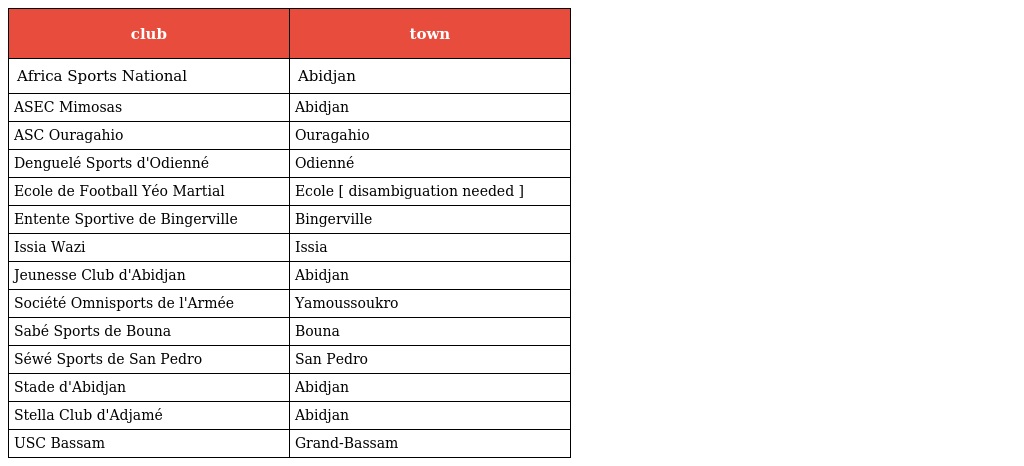
| club | town |
 | --- | --- |
 | Africa Sports National | Abidjan |
 | ASEC Mimosas | Abidjan |
 | ASC Ouragahio | Ouragahio |
 | Denguelé Sports d'Odienné | Odienné |
 | Ecole de Football Yéo Martial | Ecole [ disambiguation needed ] |
 | Entente Sportive de Bingerville | Bingerville |
 | Issia Wazi | Issia |
 | Jeunesse Club d'Abidjan | Abidjan |
 | Société Omnisports de l'Armée | Yamoussoukro |
 | Sabé Sports de Bouna | Bouna |
 | Séwé Sports de San Pedro | San Pedro |
 | Stade d'Abidjan | Abidjan |
 | Stella Club d'Adjamé | Abidjan |
 | USC Bassam | Grand-Bassam |